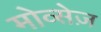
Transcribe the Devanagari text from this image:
मोव्सेज़